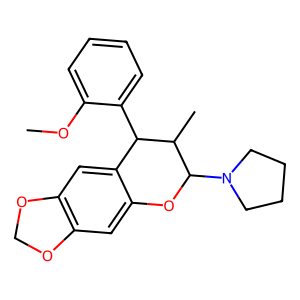
SMILES: COc1ccccc1C1c2cc3c(cc2OC(N2CCCC2)C1C)OCO3
Inhibits HIV replication: No